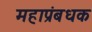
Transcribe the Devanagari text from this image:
महाप्रंबधक